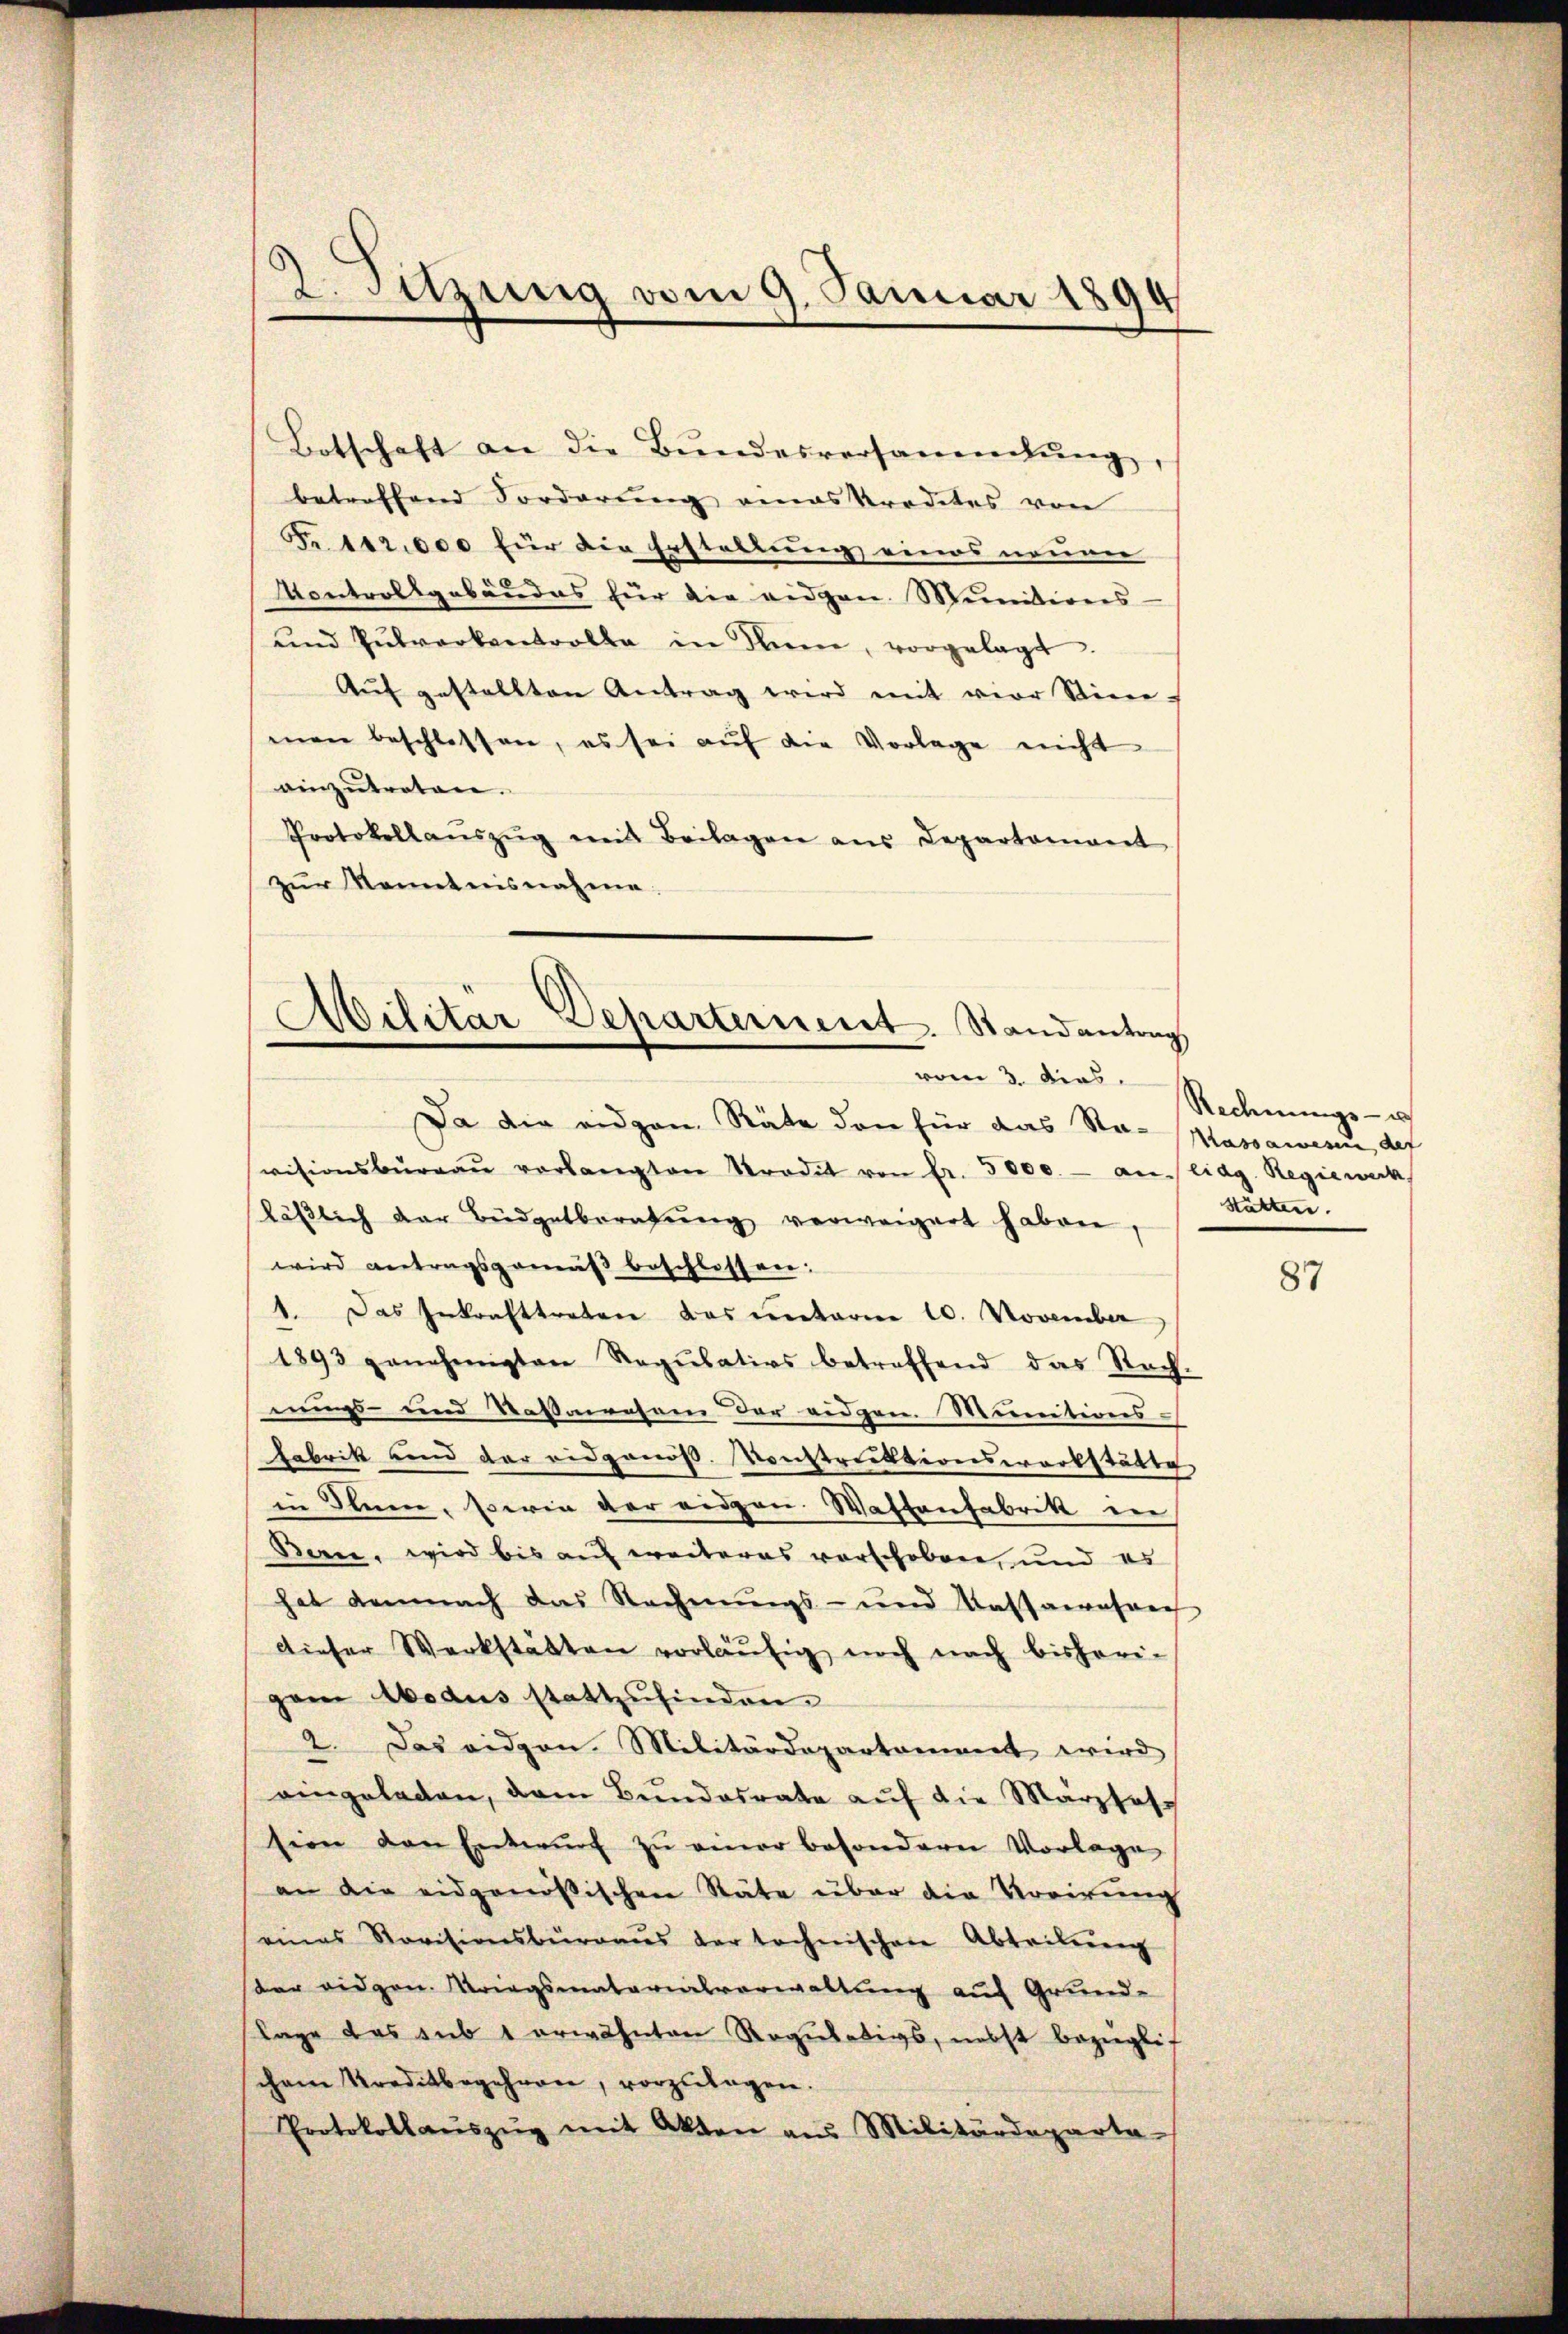
2. Sitzung vom 9. Januar 1894
.

Botschaft an die Bŭndesversammlŭng,
betreffend Forderung eines Prodetes von
Fr. 112,000 für die Erstellung eines neuen
Kontrollgebäudes für die eidgen. Munitions-
und Pulverkentrolle in diene, vorgelagt.
Aŭf gestellten Antrag wird mit vier Stier-
men beschlossen, es sei aŭf die Vorlage nicht
ainzŭtreten.
Protokollaŭszŭg mit Beilagen ans Departament
zur Kenntnisnahme.

Militär Deharternent. Randantrag
e
vom 3. dies

Da die eidgen. Räte den für das Ro- Massawesen, der
visionsbüreaŭ verlangten Stradit von fr. 5000.- an lidg. Regieweck
läβlich der Büdgetberatŭng verweigert haben,
wird antragsgemäß beschlossen:
1. Das Inkrafttreten das unterner 10. November
1893 genehmigten Regŭlativs betreffend das Rach-
nungs- und Nassaresen der eidgen. Munitivers.
Fabrik und der eidgenos. Konstruktionswerkstätte
in Ihnen, serin der eidgen. Wastenfabrik in
Bern, wird bis auf weiteres vorschoben, und es
hat demnach das Rechnungs- und Kathanensang
dieser Werkstätten vorläŭfig noch nach bisheri-
gann Modus stattzufinden.
2. Das eidgen. Militärdepartament wird
eingeladen, dem Bundesrate aŭf die Märzhafsion den Entwŭrf zŭ einer besondern Vorlage
an die eidgenössischen Stäte über die Vorirung
eines Revisionsbüraŭs der technischen Abteilŭng
der eidgen. Kriegsmaterialverwaltung auf Grund-
lage das sub 1 erwähnten Regulativs, nebst bezüglich
chem Kreditbegehren, vorzŭlagen.
Protokollaŭszŭg mit Akten aus Militärdeparta-

Rechnungs- u
stätten.

87